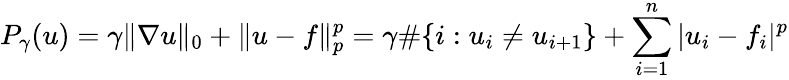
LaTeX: P_{\gamma}(u)=\gamma\| \nabla u\| _{0}+\| u-f\| _{p}^{p}=\gamma\# \{ i:u_{i}\neq u_{i+1}\} +\sum_{i=1}^{n}|u_{i}-f_{i}|^{p}